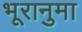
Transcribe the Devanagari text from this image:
भूरानुमा